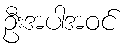
ဦးအပါအဝင်